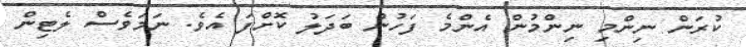
ކުރަން ނިންމި ނިންމުން އެންމެ ފަހުން ބަދަލު ކޮށްފަ އެވެ. ނަމަވެސް ލެޓިން